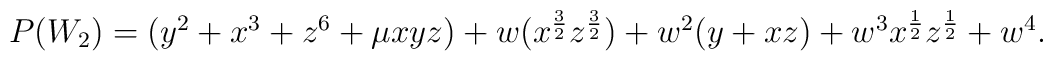
\begin {array}{lcr} P(W_2)= (y^2+x^3+z^6+ \mu xyz)+ w(x ^{{3\over 2}}z^{{3\over 2}})+w^2(y+xz) +w^3 x ^{{1\over2}}z^{{1\over 2}}+w^4. \end{array}